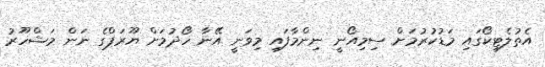
އެތުލެޓިކޯގައި މަޑުކުރުމަށް ސިމިއޯނީ ނިންމާފައި މިވަނީ އޭނާ ހޯދުމަށް ޔޫރަޕްގެ ނަން މަޝްހޫރު